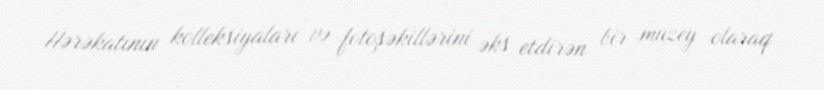
Hərəkatının kolleksiyaları və fotoşəkillərini əks etdirən bir muzey olaraq